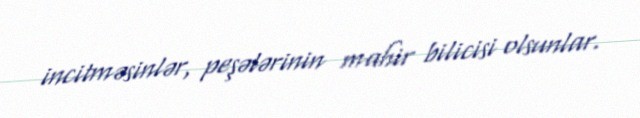
incitməsinlər, peşələrinin mahir bilicisi olsunlar.